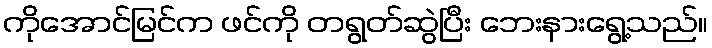
ကိုအောင်မြင်က ဖင်ကို တရွတ်ဆွဲပြီး ဘေးနားရွေ့သည်။